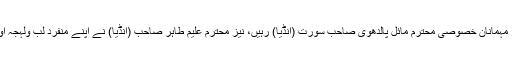
اس محفلِ مشاعرہ کے صدر محترم انؔیس بھٹکلی صاحب (انڈیا) اور مہمانانِ خصوصی محترم مائل پالدھوی صاحب سورت (انڈیا) رہیں، نیز محترم علیم طاہر صاحب (انڈیا) نے اپنے منفرد لب ولہجہ اور دَمدار اندازِ نظامت سے محفلِ مشاعرہ میں جادوئی سَما باندھ دیا۔